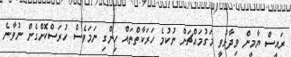
ރައީސް ޔާމީން ވިދާޅުވީ މަގުމައްޗަށް ނުކުމެ ހަރަކާތްތައް ހިންގި ނަމަވެސް ހުރަސްކޮށްގެން ނުވާނެ